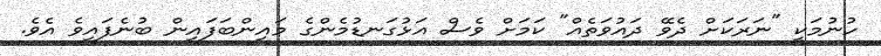
ހުނުމަކީ "ނަރަކަށް ދެވޭ ދައުވަތެއް" ކަމަށް ވެސް އަޅުގަނޑުމެންގެ މައިންބަފައިން ބުނެފައިވެ އެވެ.